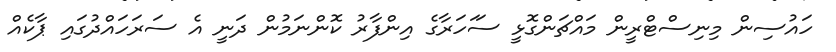
ހައުސިން މިނިސްޓްރީން މައްޗަންގޮޅީ ސަަހަރާގެ އިންފާރު ކޮންނަމުން ދަނީ އެ ސަރަހައްދުގައި ޕާކެއް